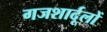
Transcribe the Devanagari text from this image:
गजशार्दूलों